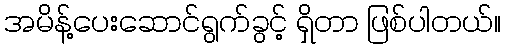
အမိန့်ပေးဆောင်ရွက်ခွင့် ရှိတာ ဖြစ်ပါတယ်။